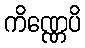
ကိဏ္ဏေပိ